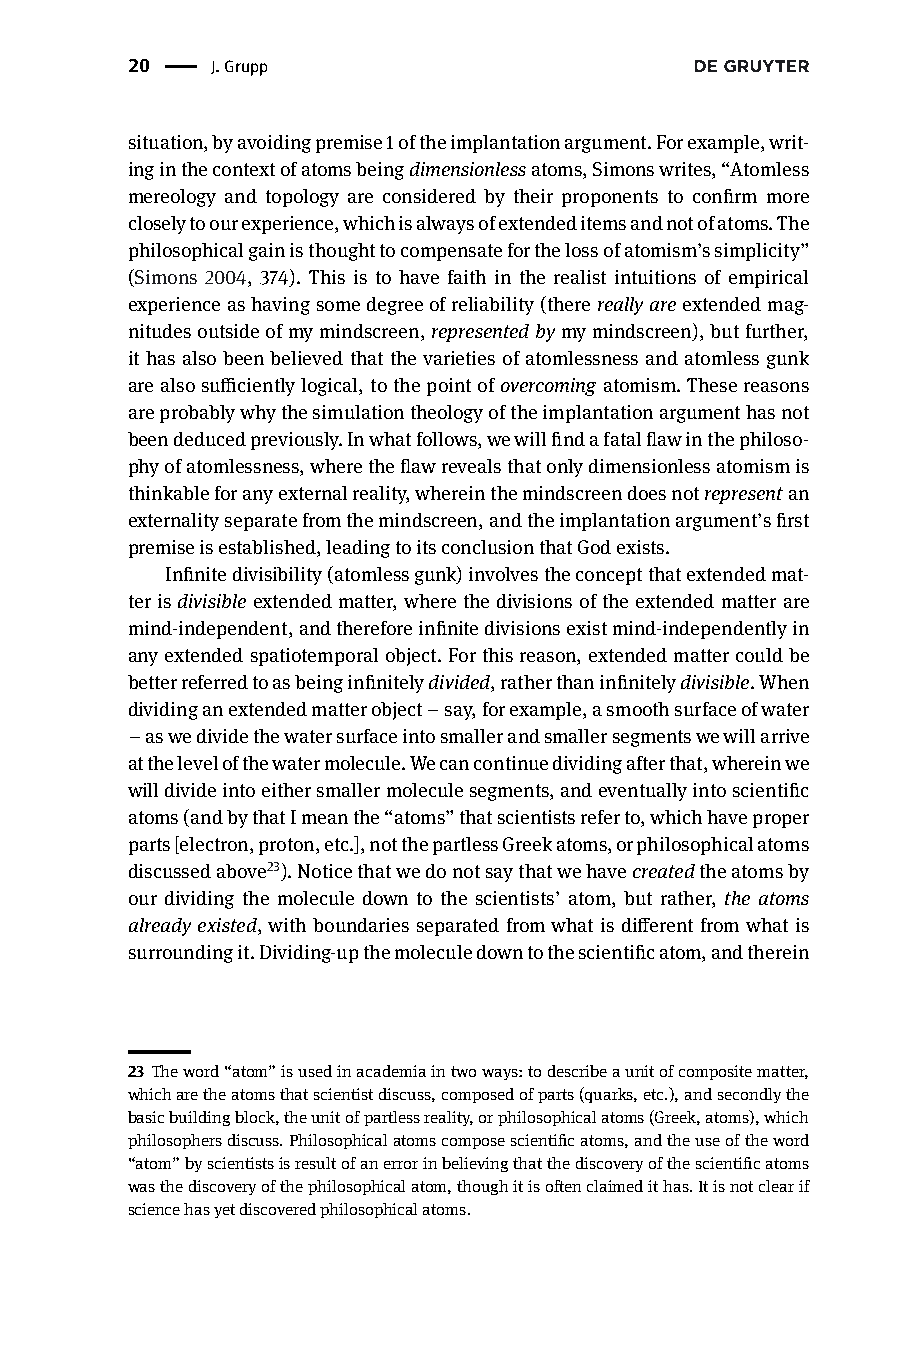
20 |  J.Grupp
 situation,byavoidingpremise1oftheimplantationargument.Forexample,writ-
 inginthecontextofatomsbeingdimensionlessatoms,Simonswrites,“Atomless
 mereology and topology are considered by their proponents to confirm more
 closelytoourexperience,whichisalwaysofextendeditemsandnotofatoms.The
 philosophicalgainisthoughttocompensateforthelossofatomism’ssimplicity”
 (Simons 2004, 374). This is to have faith in the realist intuitions of empirical
 experienceashavingsomedegreeofreliability(therereallyareextendedmag-
 nitudesoutsideofmymindscreen,representedbymymindscreen),butfurther,
 it has also been believed that the varieties ofatomlessness and atomlessgunk
 arealsosufficientlylogical,tothepointofovercoming atomism.Thesereasons
 areprobablywhythesimulationtheologyoftheimplantationargumenthasnot
 beendeducedpreviously.Inwhatfollows,wewillfindafatalflawinthephiloso-
 phyofatomlessness,wheretheflawrevealsthatonlydimensionlessatomismis
 thinkableforanyexternalreality,whereinthemindscreendoesnotrepresentan
 externalityseparatefromthemindscreen,andtheimplantationargument’sfirst
 premiseisestablished,leadingtoitsconclusionthatGodexists.
 Infinitedivisibility(atomlessgunk)involvestheconceptthatextendedmat-
 terisdivisibleextendedmatter,wherethedivisionsoftheextendedmatterare
 mind-independent,andthereforeinfinitedivisionsexistmind-independentlyin
 anyextendedspatiotemporalobject.Forthisreason,extendedmattercouldbe
 betterreferredtoasbeinginfinitelydivided,ratherthaninfinitelydivisible.When
 dividinganextendedmatterobject–say,forexample,asmoothsurfaceofwater
 –aswedividethewatersurfaceintosmallerandsmallersegmentswewillarrive
 atthelevelofthewatermolecule.Wecancontinuedividingafterthat,whereinwe
 willdivideintoeithersmallermoleculesegments,andeventuallyintoscientific
 atoms(andbythatImeanthe“atoms”thatscientistsreferto,whichhaveproper
 parts[electron,proton,etc.],notthepartlessGreekatoms,orphilosophicalatoms
 discussedabove23).Noticethatwedonotsaythatwehavecreatedtheatomsby
 our dividing the molecule down to the scientists’ atom, but rather, the atoms
 alreadyexisted,with boundaries separated fromwhat is differentfromwhat is
 surroundingit.Dividing-upthemoleculedowntothescientificatom,andtherein
 23 Theword“atom”isusedinacademiaintwoways:todescribeaunitofcompositematter,
 whicharetheatomsthatscientistdiscuss,composedofparts(quarks,etc.),andsecondlythe
 basicbuildingblock,theunitofpartlessreality,orphilosophicalatoms(Greek,atoms),which
 philosophersdiscuss.Philosophicalatomscomposescientificatoms,andtheuseoftheword
 “atom”byscientistsisresultofanerrorinbelievingthatthediscoveryofthescientificatoms
 wasthediscoveryofthephilosophicalatom,thoughitisoftenclaimedithas.Itisnotclearif
 sciencehasyetdiscoveredphilosophicalatoms.